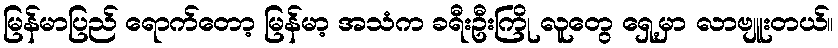
မြန်မာပြည် ရောက်တော့ မြန်မာ့ အသံက ခရီးဦးကြို လူတွေ ရှေ့မှာ လာဗျူးတယ်။